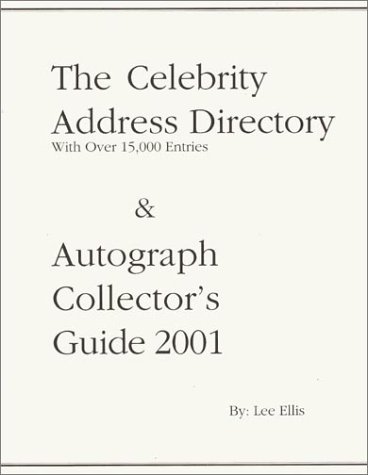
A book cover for The Celebrity Address Directory & Autograph Collector's Guide 2001; Lee A. Ellis; Crafts, Hobbies & Home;